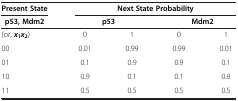
<table><thead><tr><td><b>Present State</b></td><td colspan="4"><b>Next State Probability</b></td></tr><tr><td><b>p53, Mdm2</b></td><td colspan="2"><b>p53</b></td><td colspan="2"><b>Mdm2</b></td></tr></thead><tbody><tr><td>(or, <b><i>x</i></b><sub><b>1</b></sub><b><i>x</i></b><sub><b>2</b></sub>)</td><td>0</td><td>1</td><td>0</td><td>1</td></tr><tr><td>00</td><td>0.01</td><td>0.99</td><td>0.99</td><td>0.01</td></tr><tr><td>01</td><td>0.1</td><td>0.9</td><td>0.9</td><td>0.1</td></tr><tr><td>10</td><td>0.9</td><td>0.1</td><td>0.1</td><td>0.9</td></tr><tr><td>11</td><td>0.5</td><td>0.5</td><td>0.5</td><td>0.5</td></tr></tbody></table>